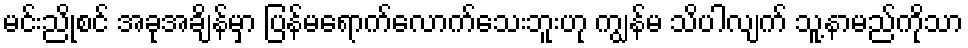
မင်းညိုစင် အခုအချိန်မှာ ပြန်မရောက်လောက်သေးဘူးဟု ကျွန်မ သိပါလျက် သူ့နာမည်ကိုသာ